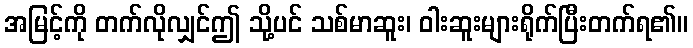
အမြင့်ကို တက်လိုလျှင်ဤ သို့ပင် သစ်မာဆူး၊ ဝါးဆူးများရိုက်ပြီးတက်ရ၏။